Report of an investigation into the causes of the diseases known in Assam as Kála-Azár and Beri-Beri
Disease focus: Beri-Beri
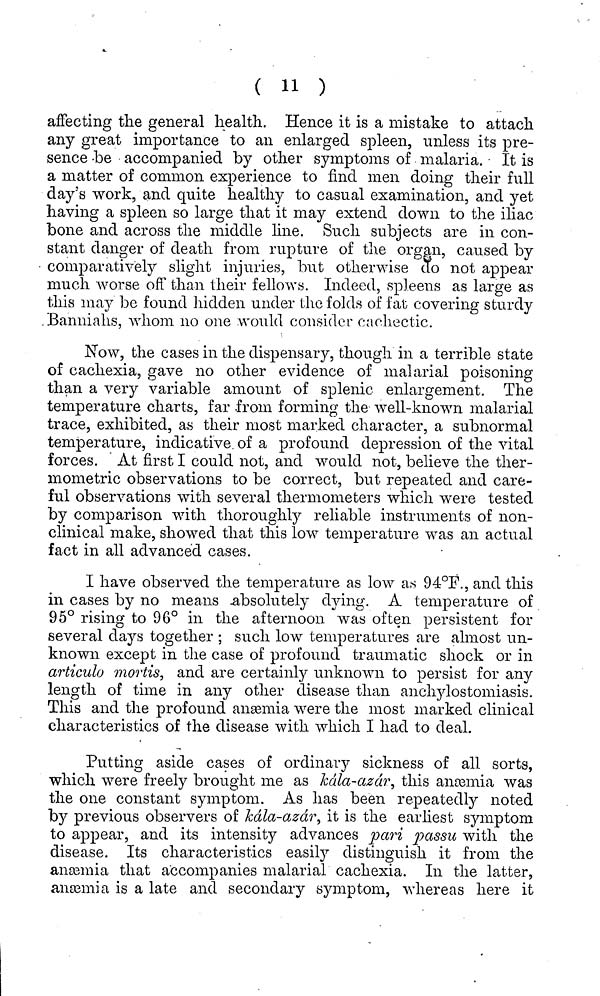
( 1l )
affecting the general health. Hence it is a mistake to attach
any great importance to an enlarged spleen, unless its pre-
sence be accompanied by other symptoms of malaria. It is
a matter of common experience to find men doing their full
day's work, and quite healthy to casual examination, and yet
having a spleen so large that it may extend down to the iliac
bone and across the middle line. Such subjects are in con-
stant danger of death from rupture of the organ, caused by
comparatively slight injuries, but otherwise do not appear
much worse off than their fellows. Indeed, spleens as large as
this may be found hidden under the folds of fat covering sturdy
Banniahs, whom no one would consider cachectic.
Now, the cases in the dispensary, though in a terrible state
of cachexia, gave no other evidence of malarial poisoning
than a very variable amount of splenic enlargement. The
temperature charts, far from forming the well-known malarial
trace, exhibited, as their most marked character, a subnormal
temperature, indicative of a profound depression of the vital
forces. At first I could not, and would not, believe the ther-
mometric observations to be correct, but repeated and care-
ful observations with several thermometers which were tested
by comparison with thoroughly reliable instruments of non-
clinical make, showed that this low temperature was an actual
fact in all advanced cases.
I have observed the temperature as low as 94°F., and this
in cases by no means absolutely dying. A temperature of
95° rising to 96° in the afternoon was often persistent for
several days together ; such low temperatures are almost un-
known except in the case of profound traumatic shock or in
articulo mortis, and are certainly unknown to persist for any
length of time in any other disease than anchylostomiasis.
This and the profound anæmia were the most marked clinical
characteristics of the disease with which I had to deal.
Putting aside cases of ordinary sickness of all sorts,
which were freely brought me as kála-azár, this anæmia was
the one constant symptom. As has been repeatedly noted
by previous observers of kála-azár, it is the earliest symptom
to appear, and its intensity advances pari passu with the
disease. Its characteristics easily distinguish it from the
anæmia that accompanies malarial cachexia. In the latter,
anæmia is a late and secondary symptom, whereas here it